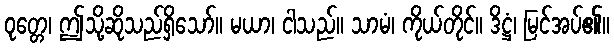
ဝုတ္တေ၊ ဤသို့ဆိုသည်ရှိသော်။ မယာ၊ ငါသည်။ သာမံ၊ ကိုယ်တိုင်။ ဒိဋ္ဌံ၊ မြင်အပ်၏။